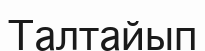
Талтайып